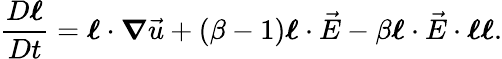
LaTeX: \frac{D\boldsymbol{\ell}}{Dt}=\boldsymbol{\ell}\cdot\boldsymbol{\nabla}\vec{u}+(\beta-1)\boldsymbol{\ell}\cdot\vec{E}-\beta\boldsymbol{\ell}\cdot\vec{E}\cdot\boldsymbol{\ell}\boldsymbol{\ell}.